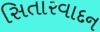
સિતારવાદન